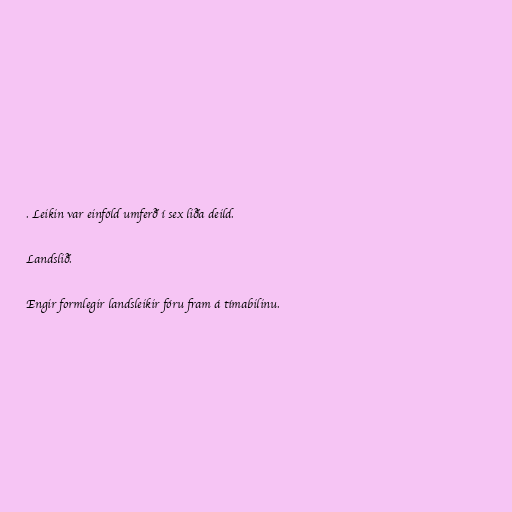
. Leikin var einföld umferð í sex liða deild.

Landslið.

Engir formlegir landsleikir fóru fram á tímabilinu.